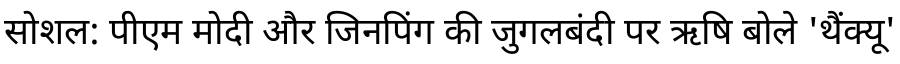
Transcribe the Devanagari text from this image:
सोशल: पीएम मोदी और जिनपिंग की जुगलबंदी पर ऋषि बोले 'थैंक्यू'